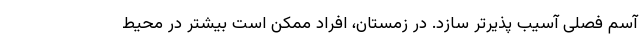
آسم فصلی آسیب پذیرتر سازد. در زمستان، افراد ممکن است بیشتر در محیط